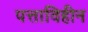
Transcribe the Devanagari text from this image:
पत्ताविहीन